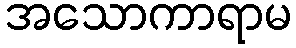
အသောကာရာမ